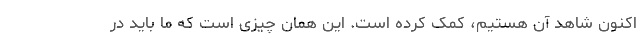
اکنون شاهد آن هستیم، کمک کرده است. این همان چیزی است که ما باید در